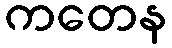
ကတေန